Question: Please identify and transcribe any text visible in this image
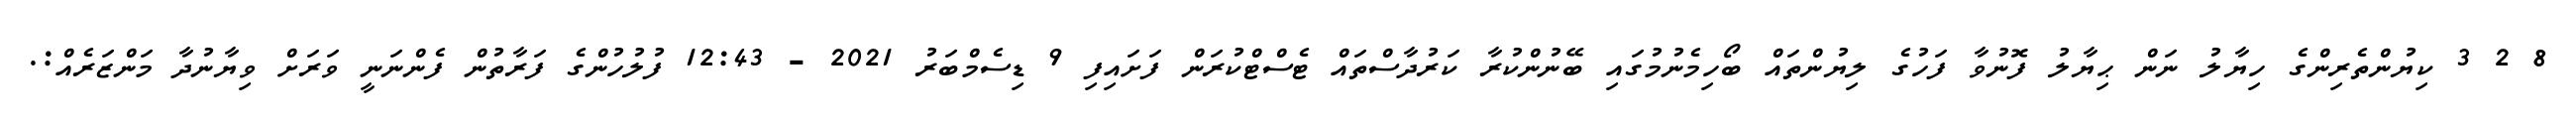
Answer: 8 2 3 ކިޔުންތެރިންގެ ހިޔާލު ނަން ޙިޔާލު ފޮނުވާ ފަހުގެ ލިޔުންތައް ބޯހިމެނުމުގައި ބޭނުންކުރާ ކަރުދާސްތައް ޓެސްޓްކުރަން ފަށައިފި 9 ޑިސެމްބަރު 2021 - 12:43 ފުލުހުންގެ ފަރާތުން ފެންނަނީ ވަރަށް ވިޔާނުދާ މަންޒަރެއް:.